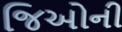
જિઓની